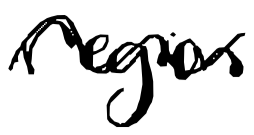
Text: region
Cross-out: wave
Writing tool: digital_black